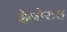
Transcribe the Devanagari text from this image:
देबोराह